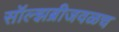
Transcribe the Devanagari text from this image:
सॉल्झब्रीजवळच